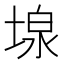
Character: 𡎏